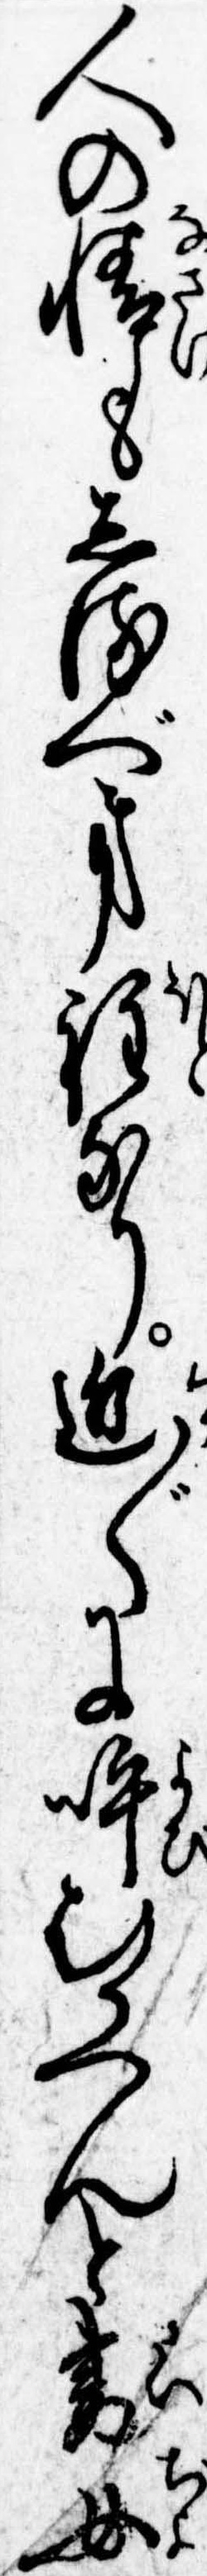
人の情もしるべき程なり近〲に呼むかへんと妻女